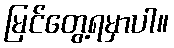
မြင်တွေ့ရမှာပါ။